65_HS1-834228961_62-HQ-83894_SUB_A
Agency: FBI
Page 13
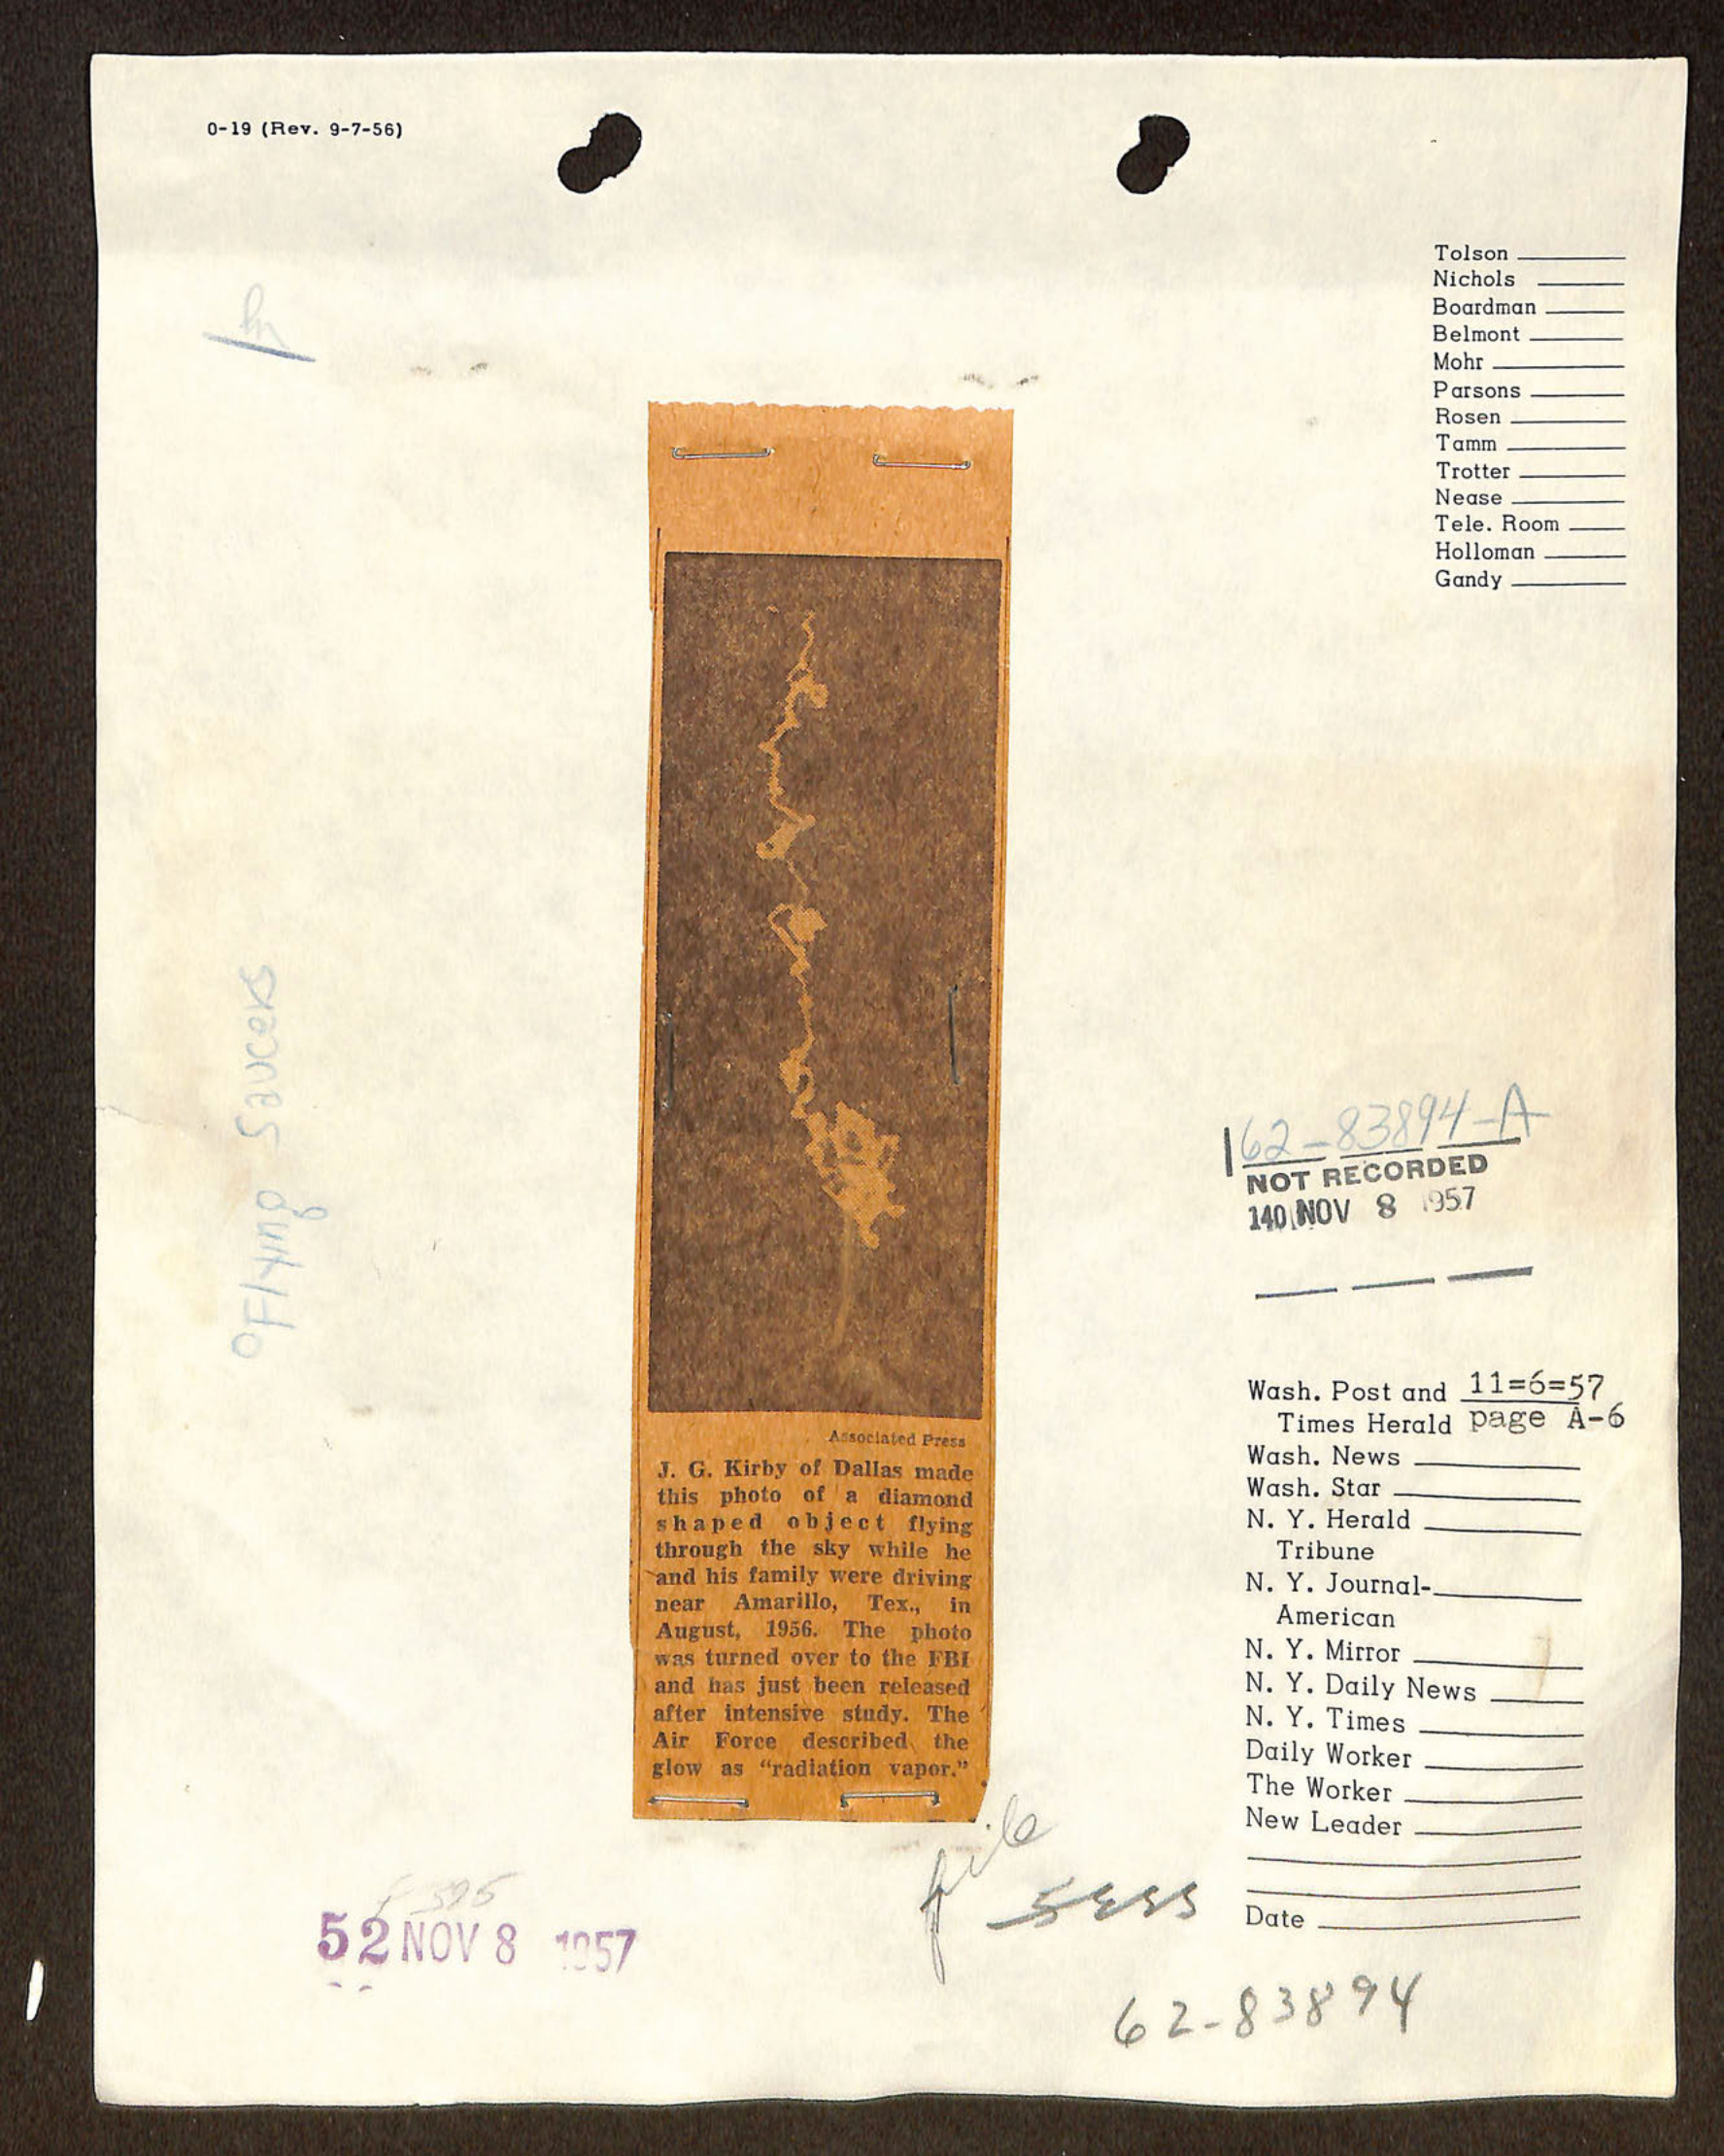